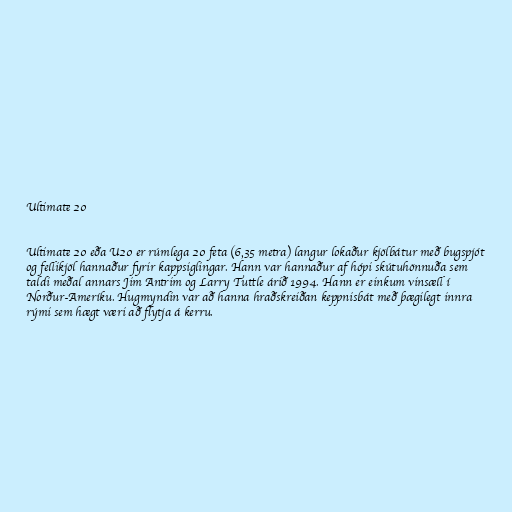
Ultimate 20

Ultimate 20 eða U20 er rúmlega 20 feta (6,35 metra) langur lokaður kjölbátur með bugspjót
og fellikjöl hannaður fyrir kappsiglingar. Hann var hannaður af hópi skútuhönnuða sem
taldi meðal annars Jim Antrim og Larry Tuttle árið 1994. Hann er einkum vinsæll í
Norður-Ameríku. Hugmyndin var að hanna hraðskreiðan keppnisbát með þægilegt innra
rými sem hægt væri að flytja á kerru.